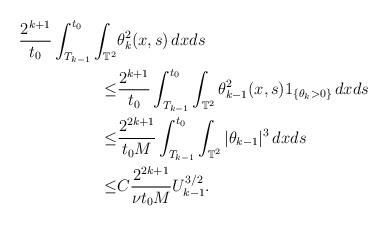
LaTeX: \begin{align*}\frac{2^{k+1}}{t_0}\int_{T_{k-1}}^{t_0}\int_{\mathbb T^2}& \theta_k^2(x,s)\,dxds\\\leq &\frac{2^{k+1}}{t_0}\int_{T_{k-1}}^{t_0}\int_{\mathbb T^2} \theta_{k-1}^2(x,s)1_{\left\{\theta_k>0\right\}}\,dxds\\\leq &\frac{2^{2k+1}}{t_0M}\int_{T_{k-1}}^{t_0}\int_{\mathbb T^2} |\theta_{k-1}|^3\,dxds\\\leq &C\frac{2^{2k+1}}{\nu t_0M}U_{k-1}^{3/2}.\end{align*}